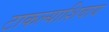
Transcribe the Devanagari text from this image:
टाकल्याशिवाय